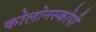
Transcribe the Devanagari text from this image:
कोलोनस्कोपी